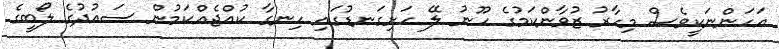
އަހަންނަކީވެސް މިހާރު ޒުވާންކަމުގެ ހޫނު ލޭ ހަށިގަނޑުގައި ހިނގާ ކުއްޖެއްކަމުން ސައުދުގެ ލޯބީގެ